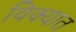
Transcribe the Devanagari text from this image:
विक्यात